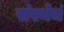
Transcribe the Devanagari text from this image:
संस्थेचं